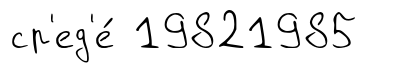
ср'ед'е́ 19821985